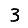
Digit: 3